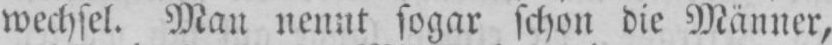
wechsel. Man nennt sogar schon die Männer,